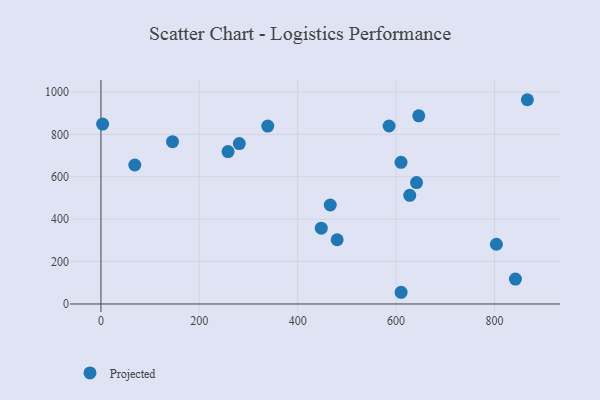
{"axis": {"x": "Distance", "y": "Fuel Efficiency"}, "legend": ["Projected"], "data": [{"x": "281.3", "y": 756.3, "type": "Projected"}, {"x": "447.9", "y": 357.3, "type": "Projected"}, {"x": "339.1", "y": 838.9, "type": "Projected"}, {"x": "466.2", "y": 466.8, "type": "Projected"}, {"x": "480.2", "y": 303.0, "type": "Projected"}, {"x": "866.9", "y": 963.3, "type": "Projected"}, {"x": "3.4", "y": 848.4, "type": "Projected"}, {"x": "585.8", "y": 839.3, "type": "Projected"}, {"x": "258.4", "y": 718.8, "type": "Projected"}, {"x": "68.8", "y": 655.4, "type": "Projected"}, {"x": "842.6", "y": 117.5, "type": "Projected"}, {"x": "646.1", "y": 887.4, "type": "Projected"}, {"x": "627.8", "y": 512.2, "type": "Projected"}, {"x": "803.9", "y": 281.7, "type": "Projected"}, {"x": "610.0", "y": 668.0, "type": "Projected"}, {"x": "641.6", "y": 572.4, "type": "Projected"}, {"x": "145.5", "y": 765.5, "type": "Projected"}, {"x": "610.2", "y": 55.2, "type": "Projected"}]}